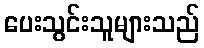
ပေးသွင်းသူများသည်